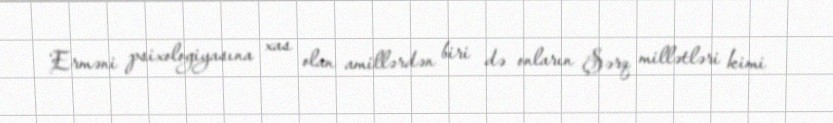
Erməni psixologiyasına xas olan amillərdən biri də onların Şərq millətləri kimi